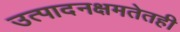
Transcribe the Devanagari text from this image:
उत्पादनक्षमतेतही